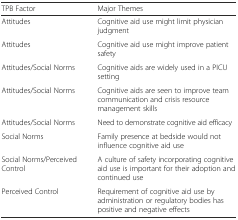
| TPB Factor | Major Themes |
 | --- | --- |
 | Attitudes | Cognitive aid use might limit physician judgment |
 | Attitudes | Cognitive aid use might improve patient safety |
 | Attitudes/Social Norms | Cognitive aids are widely used in a PICU setting |
 | Attitudes/Social Norms | Cognitive aids are seen to improve team communication and crisis resource management skills |
 | Attitudes/Social Norms | Need to demonstrate cognitive aid efficacy |
 | Social Norms | Family presence at bedside would not influence cognitive aid use |
 | Social Norms/Perceived Control | A culture of safety incorporating cognitive aid use is important for their adoption and continued use |
 | Perceived Control | Requirement of cognitive aid use by administration or regulatory bodies has positive and negative effects |